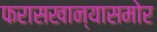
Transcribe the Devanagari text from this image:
फरासखान्यासमोर